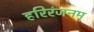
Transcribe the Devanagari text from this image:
हरिरंजनम्